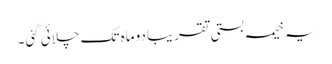
یہ خیمہ بستی تقریبا دو ماہ تک چلائی گئی۔